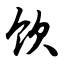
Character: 饮